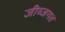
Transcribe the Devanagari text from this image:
जीव्जगत